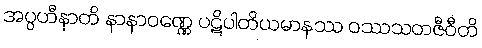
အပ္ပဟီနာတိ နာနာဝဏ္ဏေ ပဋိပါတိယမာနဿ ဝဿသတဇီဝီတိ